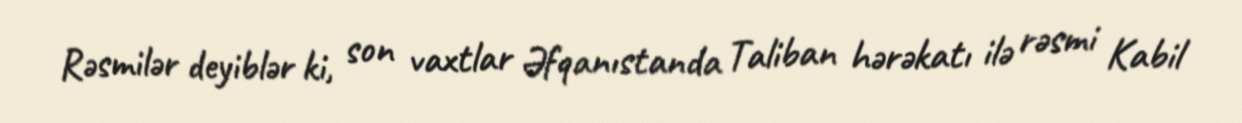
Rəsmilər deyiblər ki, son vaxtlar Əfqanıstanda Taliban hərəkatı ilə rəsmi Kabil